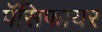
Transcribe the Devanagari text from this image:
पॅसिफायर